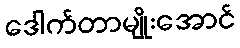
ဒေါက်တာမျိုးအောင်